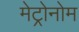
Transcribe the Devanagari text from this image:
मेट्रोनोम